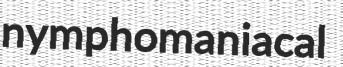
nymphomaniacal